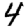
Digit: 4